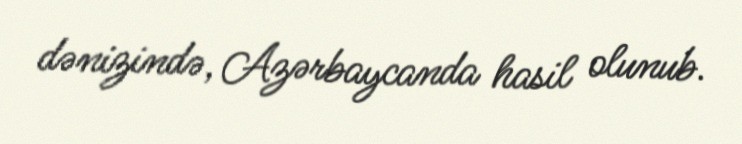
dənizində, Azərbaycanda hasil olunub.